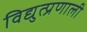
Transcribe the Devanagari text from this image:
विद्युत्प्रणाली